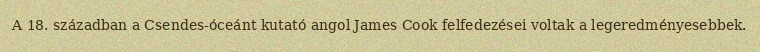
A 18. században a Csendes-óceánt kutató angol James Cook felfedezései voltak a legeredményesebbek.